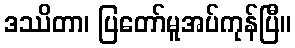
ဒဿိတာ၊ ပြတော်မူအပ်ကုန်ပြီ။